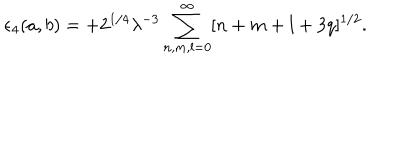
\epsilon _ { 4 } ( a , b ) = + 2 ^ { 1 / 4 } \lambda ^ { - 3 } \sum _ { n , m , l = 0 } ^ { \infty } [ n + m + l + 3 q ] ^ { 1 / 2 } .